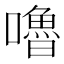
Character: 嚕